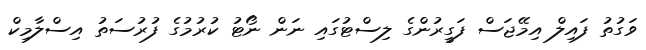
ވަގުތު ފައިލް އިމޭޖަސް ފަގީރުންގެ ލިސްޓުގައި ނަން ނޯޓު ކުރުމުގެ ފުރުސަތު އިސްލާމިކް